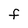
Character: F